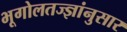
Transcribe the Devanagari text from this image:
भूगोलतज्ज्ञांनुसार